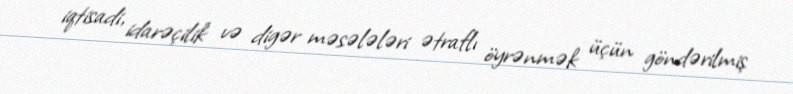
iqtisadi, idarəçilik və digər məsələləri ətraflı öyrənmək üçün göndərilmiş